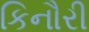
કિનૌરી